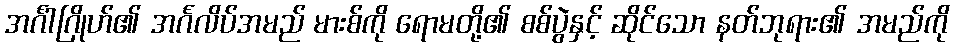
အင်္ဂါဂြိုဟ်၏ အင်္ဂလိပ်အမည် မားစ်ကို ရောမတို့၏ စစ်ပွဲနှင့် ဆိုင်သော နတ်ဘုရား၏ အမည်ကို